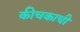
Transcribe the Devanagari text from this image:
कीचकाची